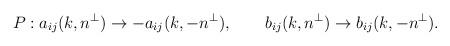
LaTeX: \begin{align*}P: a_{ij}(k,n^\perp)\rightarrow -a_{ij}(k,-n^\perp),\qquad b_{ij}(k,n^\perp)\rightarrow b_{ij}(k,-n^\perp).\end{align*}